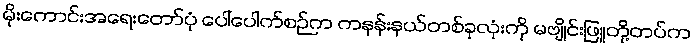
မိုးကောင်းအရေးတော်ပုံ ပေါ်ပေါက်စဉ်က ကနန်းနယ်တစ်ခုလုံးကို မဗျိုင်းဖြူတို့တပ်က